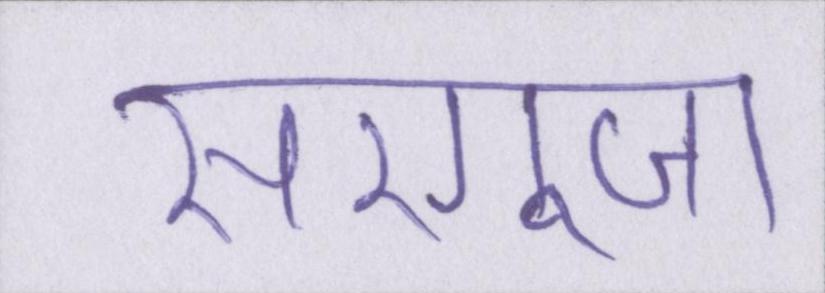
सरगुजा